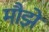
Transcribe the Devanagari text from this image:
मौझे